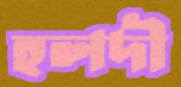
হলদী